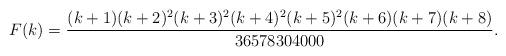
LaTeX: \begin{align*} F(k) = \frac{(k+1) (k+2)^2 (k+3)^2 (k+4)^2 (k+5)^2 (k+6) (k+7) (k+8)}{36578304000}.\end{align*}